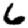
Digit: 6